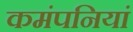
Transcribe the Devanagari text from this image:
कमंपनियां